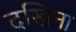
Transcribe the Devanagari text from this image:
दखिना